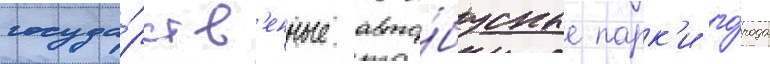
госуда́рств'енные авто́бусные парк'и го́рода